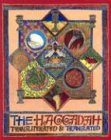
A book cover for The Haggadah: Transliterated & Translated with Instructions & Commentary; Yaakov Smith; Religion & Spirituality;